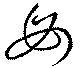
母